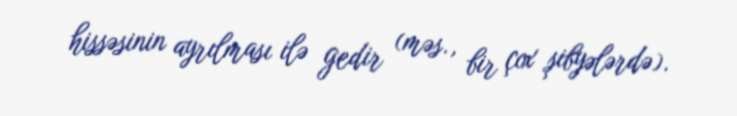
hissəsinin ayrılması ilə gedir (məs., bir çox şibyələrdə).